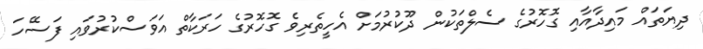
ދިޔަތައް މައިދާއާއި ގޮހޮރުގެ ސެލްތަކުން ދޫކުރުމަށް އެހީތެރިވެ ގޮހޮރުގެ ހަރަކާތް އަވަސްކުރުވައި ފަސޭހަ